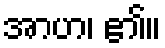
အာဟ၊ ၏။